Report on the lunatic asylums in Bengal - 1862-
Year: 1862
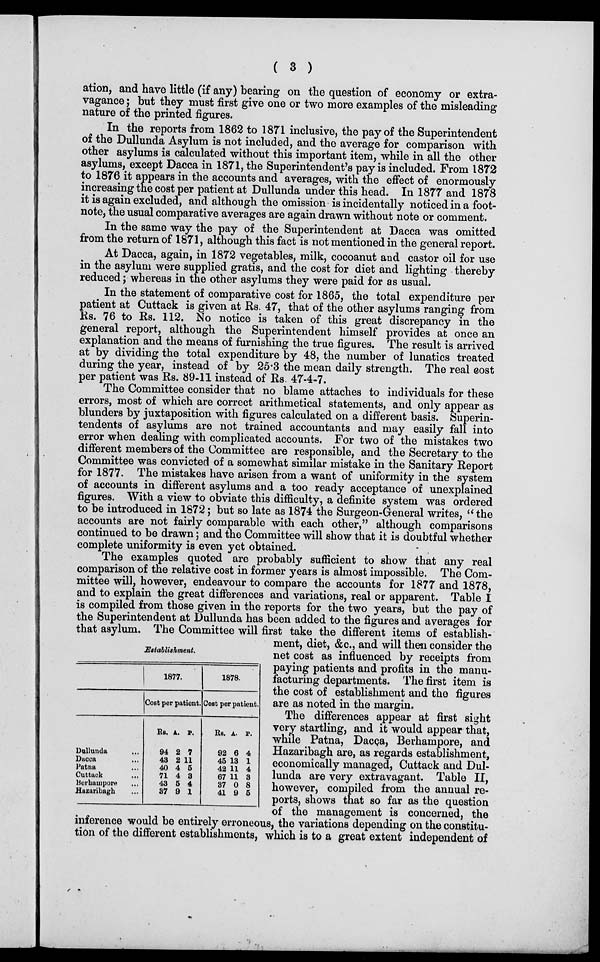
( 3 )
ation, and have little (if any) bearing on the question of economy or extra-
vagance ; but they must first give one or two more examples of the misleading
nature of the printed figures.
In the reports from 1862 to 1871 inclusive, the pay of the Superintendent
of the Dullunda Asylum is not included, and the average for comparison with
other asylums is calculated without this important item, while in all the other
asylums, except Dacca in 1871, the Superintendent's pay is included. From 1872
to 1876 it appears in the accounts and averages, with the effect of enormously
increasing the cost per patient at Dullunda under this head. In 1877 and 1878
it is again excluded, and although the omission is incidentally noticed in a foot-
note, the usual comparative averages are again drawn without note or comment.
In the same way the pay of the Superintendent at Dacca was omitted
from the return of 1871, although this fact is not mentioned in the general report.
At Dacca, again, in 1872 vegetables, milk, cocoanut and castor oil for use
in the asylum were supplied gratis, and the cost for diet and lighting thereby
reduced; whereas in the other asylums they were paid for as usual.
In the statement of comparative cost for 1865, the total expenditure per
patient at Cuttack is given at Rs. 47, that of the other asylums ranging from
Rs. 76 to Rs. 112. No notice is taken of this great discrepancy in the
general report, although the Superintendent himself provides at once an
explanation and the means of furnishing the true figures. The result is arrived
at by dividing the total expenditure by 48, the number of lunatics treated
during the year, instead of by 25.3 the mean daily strength. The real cost
per patient was Rs. 89-11 instead of Rs. 47-4-7.
The Committee consider that no blame attaches to individuals for these
errors, most of which are correct arithmetical statements, and only appear as
blunders by juxtaposition with figures calculated on a different basis. Superin-
tendents of asylums are not trained accountants and may easily fall into
error when dealing with complicated accounts. For two of the mistakes two
different members of the Committee are responsible, and the Secretary to the
Committee was convicted of a somewhat similar mistake in the Sanitary Report
for 1877. The mistakes have arisen from a want of uniformity in the system
of accounts in different asylums and a too ready acceptance of unexplained
figures. With a view to obviate this difficulty, a definite system was ordered
to be introduced in 1872; but so late as 1874 the Surgeon-General writes, " the
accounts are not fairly comparable with each other," although comparisons
continued to be drawn; and the Committee will show that it is doubtful whether
complete uniformity is even yet obtained.
Establishment.
Dullunda ...
Dacca ...
Patna ...
Cuttack ...
Berhampora ...
Hazaribagh ...
1877.
Cost per patient.
Rs.
94
43
40
71
43
37
A.
2
2
4
4
5
9
P.
7
11
5
3
4
1
1878.
Cost per patient.
Rs.
92
45
42
67
37
41
A.
6
13
11
11
0
9
P.
4
1
4
3
8
5
The examples quoted are probably sufficient to show that any real
comparison of the relative cost in former years is almost impossible. The Com-
mittee will, however, endeavour to compare the accounts for 1877 and 1878,
and to explain the great differences and variations, real or apparent. Table I
is compiled from those given in the reports for the two years, but the pay of
the Superintendent at Dullunda has been added to the figures and averages for
that asylum. The Committee will first take the different items of establish-
ment, diet, &c., and will then consider the
net cost as influenced by receipts from
paying patients and profits in the manu-
facturing departments. The first item is
the cost of establishment and the figures
are as noted in the margin.
The differences appear at first sight
very startling, and it would appear that,
while Patna, Dacca, Berhampore, and
Hazaribagh are, as regards establishment,
economically managed, Cuttack and Dul-
lunda are very extravagant. Table II,
however, compiled from the annual re-
ports, shows that so far as the question
of the management is concerned, the
inference would be entirely erroneous, the variations depending on the constitu-
tion of the different establishments, which is to a great extent independent of